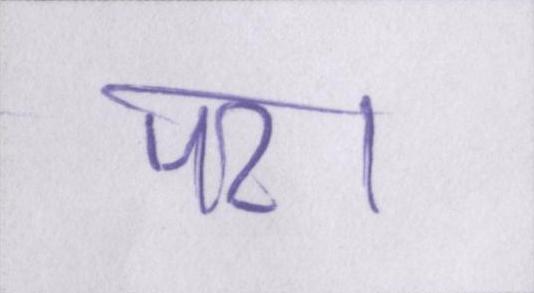
पर।